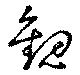
觀